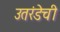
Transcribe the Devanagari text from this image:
उतरंडेची